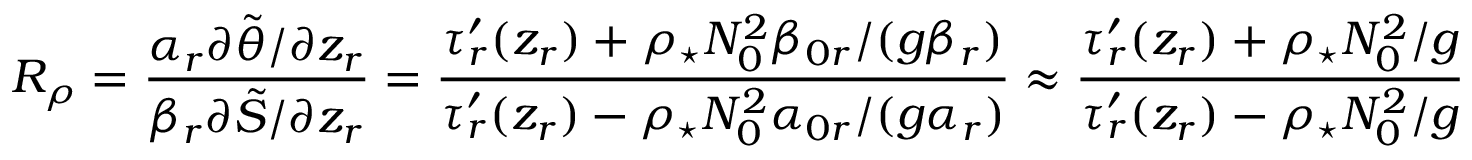
R _ { \rho } = \frac { \alpha _ { r } \partial \tilde { \theta } / \partial z _ { r } } { \beta _ { r } \partial \tilde { S } / \partial z _ { r } } = \frac { \tau _ { r } ^ { \prime } ( z _ { r } ) + \rho _ { \star } N _ { 0 } ^ { 2 } \beta _ { 0 r } / ( g \beta _ { r } ) } { \tau _ { r } ^ { \prime } ( z _ { r } ) - \rho _ { \star } N _ { 0 } ^ { 2 } \alpha _ { 0 r } / ( g \alpha _ { r } ) } \approx \frac { \tau _ { r } ^ { \prime } ( z _ { r } ) + \rho _ { \star } N _ { 0 } ^ { 2 } / g } { \tau _ { r } ^ { \prime } ( z _ { r } ) - \rho _ { \star } N _ { 0 } ^ { 2 } / g }